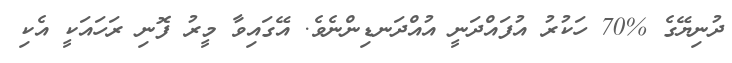
ދުނިޔޭގެ %70 ހަކުރު އުފައްދަނީ އުއްދަނޑިންނެވެ. އޭގައިވާ މީރު ފޮނި ރަހައަކީ އެކި